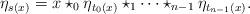
LaTeX: \begin{align*}\eta_{s(x)} = x\star_0 \eta_{t_0(x)} \star_1\cdots\star_{n-1} \eta_{t_{n-1}(x)}.\end{align*}